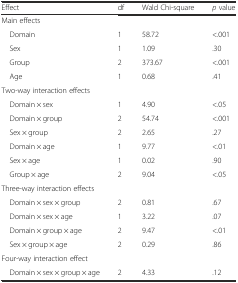
| Effect | df | Wald Chi-square | p value |
 | --- | --- | --- | --- |
 | Main effects |  |  |  |
 | Domain | 1 | 58.72 | <.001 |
 | Sex | 1 | 1.09 | .30 |
 | Group | 2 | 373.67 | <.001 |
 | Age | 1 | 0.68 | .41 |
 | Two-way interaction effects |  |  |  |
 | Domain × sex | 1 | 4.90 | <.05 |
 | Domain × group | 2 | 54.74 | <.001 |
 | Sex × group | 2 | 2.65 | .27 |
 | Domain × age | 1 | 9.77 | <.01 |
 | Sex × age | 1 | 0.02 | .90 |
 | Group × age | 2 | 9.04 | <.05 |
 | Three-way interaction effects |  |  |  |
 | Domain × sex × group | 2 | 0.81 | .67 |
 | Domain × sex × age | 1 | 3.22 | .07 |
 | Domain × group × age | 2 | 9.47 | <.01 |
 | Sex × group × age | 2 | 0.29 | .86 |
 | Four-way interaction effect |  |  |  |
 | Domain × sex × group × age | 2 | 4.33 | .12 |